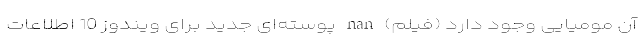
آن مومیایی وجود دارد (فیلم) nan پوسته‌ای جدید برای ویندوز 10 اطلاعات